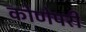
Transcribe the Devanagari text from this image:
कोणेपरी